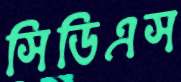
সিডিএস